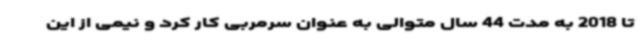
تا 2018 به مدت 44 سال متوالی به عنوان سرمربی کار کرد و نیمی از این